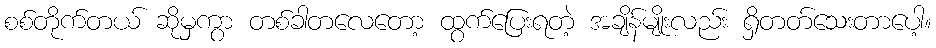
စစ်တိုက်တယ် ဆိုမှကွာ တစ်ခါတလေတော့ ထွက်ပြေးရတဲ့ အချိန်မျိုးလည်း ရှိတတ်သေးတာပေါ့။